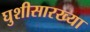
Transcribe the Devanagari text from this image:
घुशीसारख्या